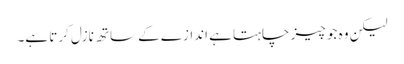
لیکن وہ جو چیز چاہتا ہے اندازے کے ساتھ نازل کرتا ہے۔